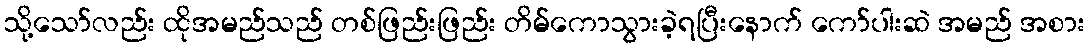
သို့သော်လည်း ထိုအမည်သည် တစ်ဖြည်းဖြည်း တိမ်ကောသွားခဲ့ရပြီးနောက် ကော်ပါးဆဲ အမည် အစား